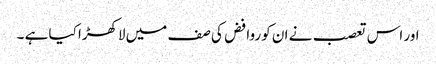
اور اس تعصب نے ان کو روافض کی صف میں لاکھڑا کیا ہے ۔